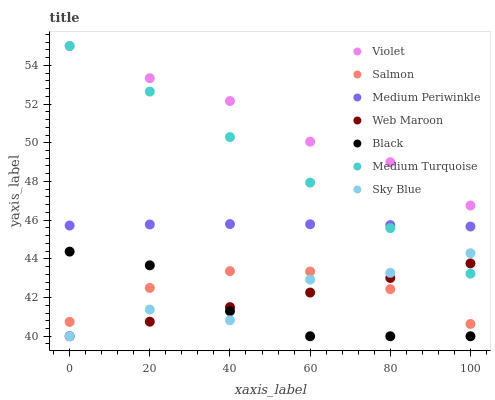
| xaxis_label | Violet | Salmon | Medium Periwinkle | Web Maroon | Black | Medium Turquoise | Sky Blue |
 | --- | --- | --- | --- | --- | --- | --- | --- |
 | 0 | 55 | 40.7 | 45.7 | 40 | 44.4 | 55 | 40 |
 | 20 | 53.3 | 42.5 | 45.8 | 40.8 | 43.7 | 52.6 | 41.4 |
 | 40 | 52.2 | 43.4 | 45.8 | 41.5 | 41.3 | 50.3 | 40.8 |
 | 60 | 50.1 | 43.3 | 45.8 | 42.3 | 40 | 47.9 | 42.9 |
 | 80 | 49 | 42.4 | 45.7 | 43 | 40 | 45.6 | 43.3 |
 | 100 | 46.8 | 40.6 | 45.7 | 43.8 | 40 | 43.2 | 44.3 |